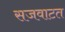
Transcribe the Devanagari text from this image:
सजवाटत